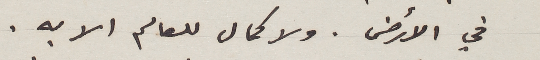
في الأرض. ولا كمال للعالم الا به.